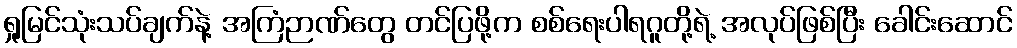
ရှုမြင်သုံးသပ်ချက်နဲ့ အကြံဉာဏ်တွေ တင်ပြဖို့က စစ်ရေးပါရဂူတို့ရဲ့ အလုပ်ဖြစ်ပြီး ခေါင်းဆောင်